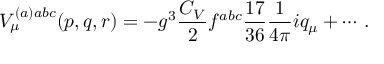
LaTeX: V _ { \mu } ^ { ( a ) a b c } ( p , q , r ) = - g ^ { 3 } \frac { C _ { V } } 2 f ^ { a b c } \frac { 1 7 } { 3 6 } \frac 1 { 4 \pi } i q _ { \mu } + \cdots \, .